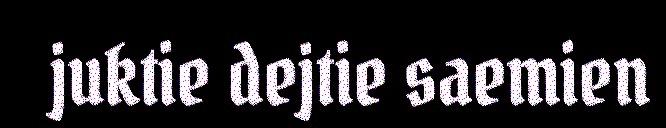
juktie dejtie saemien